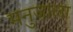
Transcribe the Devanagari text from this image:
मनुजाला